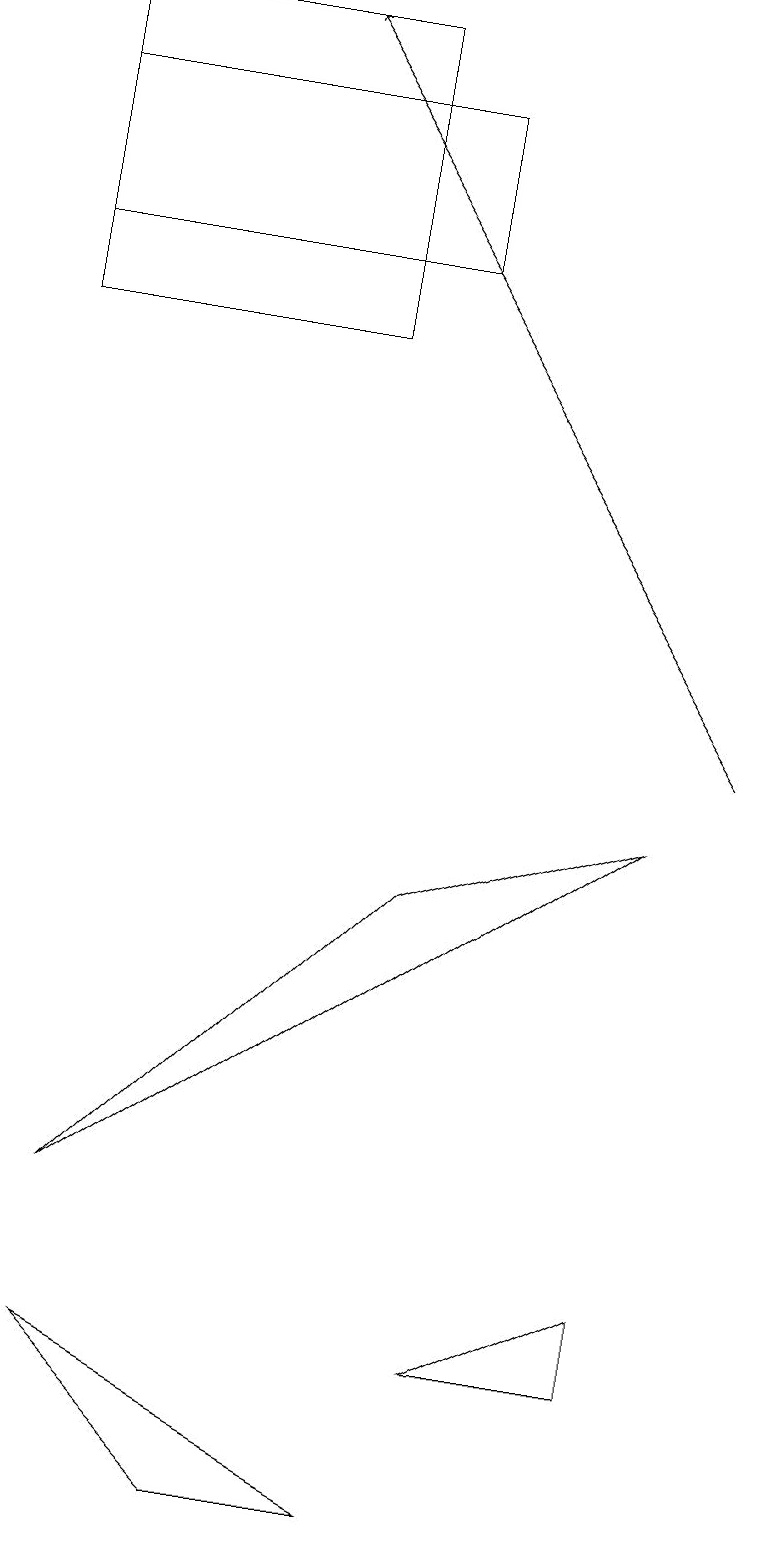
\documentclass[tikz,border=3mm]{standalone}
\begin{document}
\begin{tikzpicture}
\draw (4,19) rectangle (0,15);
\draw (6,2) -- (8,2) -- (8,3) -- cycle;
\draw (0,18) rectangle (5,16);
\draw (3,0) -- (5,0) -- (1,2) -- cycle;
\draw[->] (9,10) -- (3,19);
\draw (5,8) -- (8,9) -- (1,4) -- cycle;
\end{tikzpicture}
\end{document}